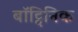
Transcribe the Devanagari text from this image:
बॉट्विनिक